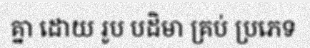
គ្នា ដោយ រូប បដិមា គ្រប់ ប្រភេទ